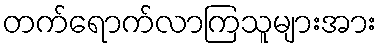
တက်ရောက်လာကြသူများအား